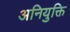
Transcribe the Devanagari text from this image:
अनियुक्ति